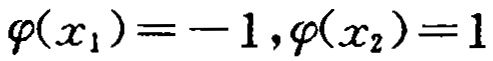
\(\varphi(x_{1}) = -1,\varphi(x_{2}) = 1\)